Leaving Certificate, 1898
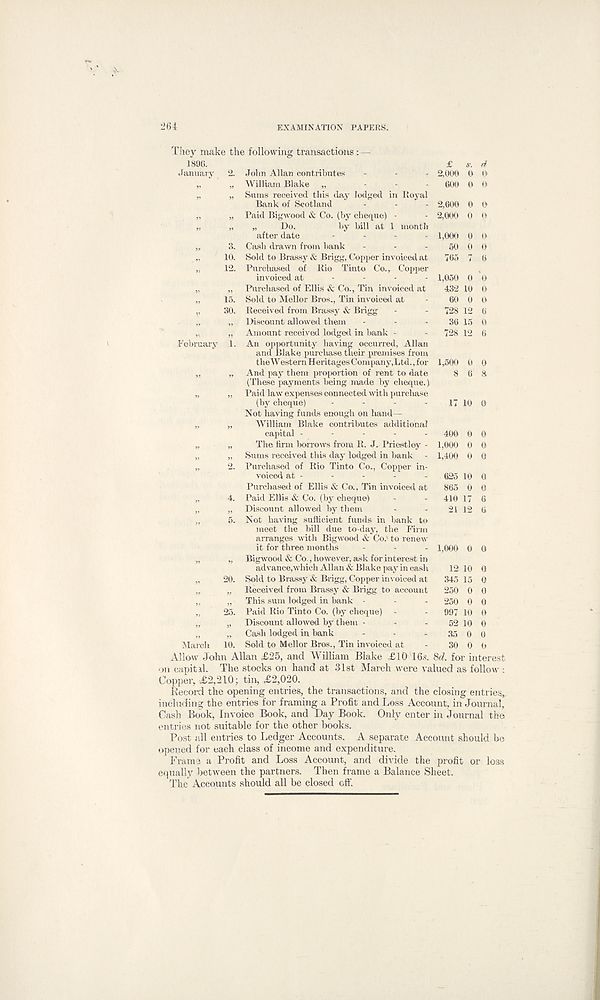
EXAMINATION PAPERS.
They make the following transactions:
1896.
January 2. John Allan contributes
„ „ William Blake „
„ Paid Bigwood & Co. (by cheque)
„ „ Do.
by bill at 1
after date
3. Cash drawn from bank
10. Sold to Brassy & Brigg, Copper inv
Royal
oiced at
2,000 0 0
600 0 0
2,600 0 0
2,000 0 0
1,000 0 O
50 0 0
765 7 6
„ 12. Purchased of Rio Tinto Co., Copper
invoiced at - -
„ „ Purchased of Ellis & Co., Tin invoiced at
„ 15. Sold to Mellor Bros., Tin invoiced at
„ 30. Received from Brassy & Brigg
j, „ Discount allowed them
„ „ Amount received lodged in bank -
February 1. An opportunity having occurred, Allan
and Blake purchase their premises from
theWestern Heritages Company,Ltd., for 1,500
„ „ And pay them proportion of rent to date 8
(These payments being made by cheque.)
„ „ Paid law expenses connected with purchase
(by cheque) - - - -
Not having funds enough on hand—
„ „ William Blake contributes additional
capital - - - - -
„ „ The firm borrows from R. J. Priestley -
„ „ Sums received this day lodged in bank
„ 2. Purchased of Rio Tinto Co., Copper in-
voiced at -
Purchased of Ellis & Co., Tin invoiced at
„ 4. Paid Ellis & Co. (by cheque)
„ „ Discount allowed by them
„ 5. Not having sufficient funds in bank to
meet the bill due to-day, the Firm
arranges with Bigwood & Co.' to renew
it for three months
„ „ BigAvood & Co., however, ask for interest in
ad\’ance,Avhich Allan & Blake pay in cash
„ 20. Sold to Brassy & Brigg, Copper invoiced at
„ Received from Brassy & Brigg to account
„ This sum lodged in bank -
25. Paid Rio Tinto Co. (by cheque)
„ Discount alloAved by them -
„ Cash lodged in bank - - - 35 0 0
March 10. Sold to Mellor Bros., Tin invoiced at - 30 0 0
Allow John Allan £25, and William Blake £10 16.s. 8d. for interest
on eapitil. The stocks on hand at 31st March were valued as follow :
Copper, £2,210; tin, £2,020.
Record the opening entries, the transactions, and the closing entries*
including the entries for framing a Profit and Loss Account, in Journal,
Cash Book, Invoice Book, and Day Book. Only enter in Journal the
entries not suitable for the other books.
Post all entries to Ledger Accounts. A separate Account should be
opened for each class of income and expenditure.
Frame a Profit and Loss Account, and divide the profit or loss
equally between the partners. Then frame a Balance Sheet.
The Accounts should all be closed off.
1,050 0 0
432 10 0
60 0 0
728 12 6
36 15 0
728 12 6
17 10 0
400 0 0
1,000 0 0
1,400 0 0
625 10 0
865 0 0
410 17 6
21 12 6
1,000 0 0
12 10 0
345 15 0
250 0 0
250 0 0
997 10 O
52 10 0